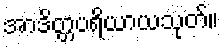
အာဒိတ္တပရိယာယသုတ်။